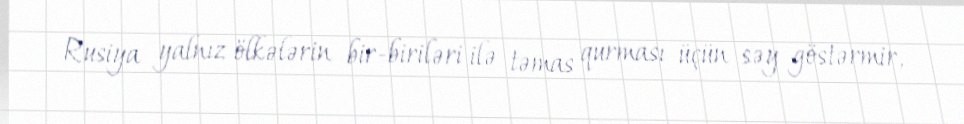
Rusiya yalnız ölkələrin bir-biriləri ilə təmas qurması üçün səy göstərmir,